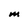
Character: M